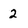
Character: 2